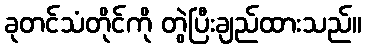
ခုတင်သံတိုင်ကို တွဲပြီးချည်ထားသည်။